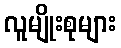
လူမျိုးစုများ